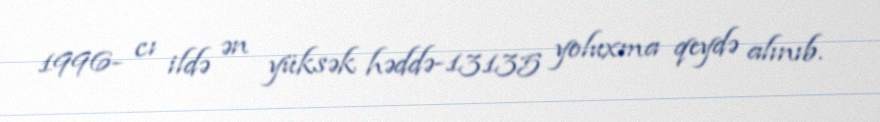
1996- cı ildə ən yüksək həddə-13135 yoluxma qeydə alınıb.